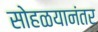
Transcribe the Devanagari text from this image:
सोहळयानंतर